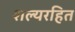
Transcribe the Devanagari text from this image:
शल्यरहित